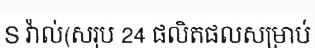
S វ៉ាល់(សរុប 24 ផលិតផលសម្រាប់